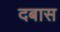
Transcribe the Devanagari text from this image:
दबास